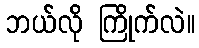
ဘယ်လို ကြိုက်လဲ။